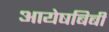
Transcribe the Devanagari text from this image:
आयेषबिबी